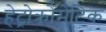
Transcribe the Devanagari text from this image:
हेट्रोक्रोमेटिक